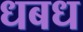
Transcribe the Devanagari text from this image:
धबध